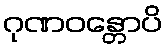
ဂုဏဝန္တောပိ